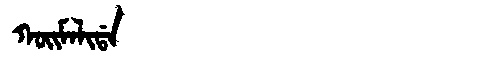
Manchu: ᡴᠣᡳᠮᠠᠯᡳᡩᠠ
Romanization: KOIMALIDA